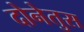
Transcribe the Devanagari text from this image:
दोनेतुस